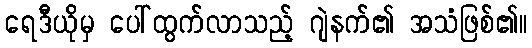
ရေဒီယိုမှ ပေါ်ထွက်လာသည့် ဂျဲနက်၏ အသံဖြစ်၏။